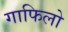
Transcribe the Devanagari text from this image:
गाफिलो